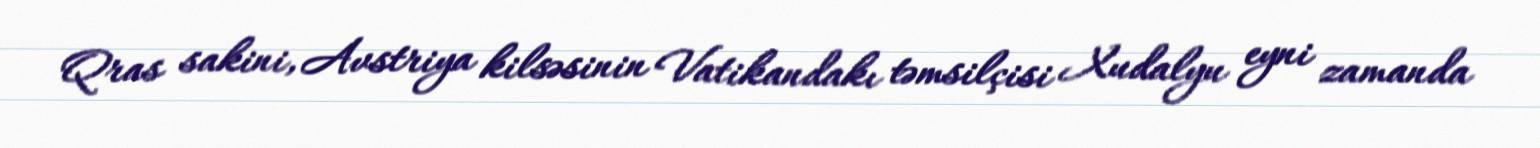
Qras sakini, Avstriya kilsəsinin Vatikandakı təmsilçisi Xudalyu eyni zamanda